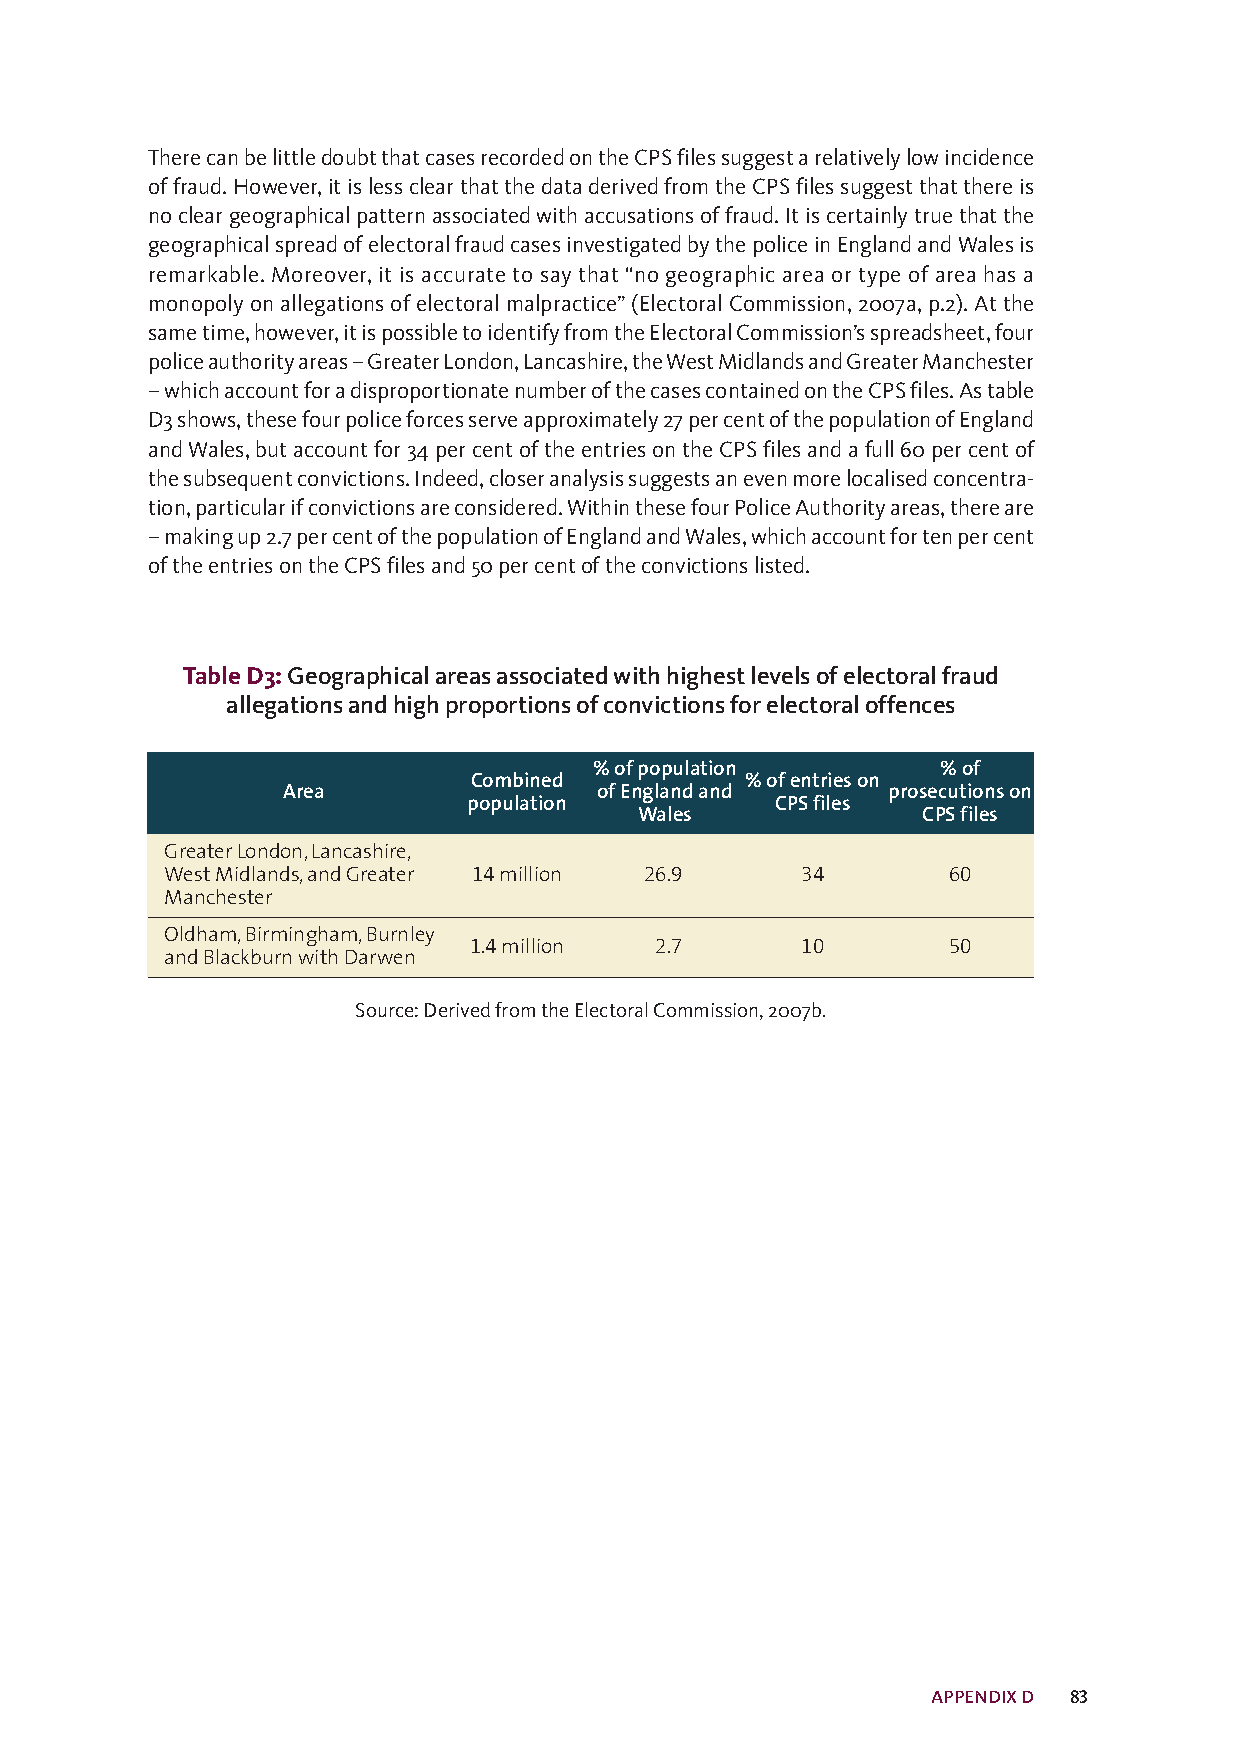
TherecanbelittledoubtthatcasesrecordedontheCPSfilessuggestarelativelylowincidence
 offraud.However,itislessclearthatthedataderivedfromtheCPSfilessuggestthatthereis
 nocleargeographicalpatternassociatedwithaccusationsoffraud.Itiscertainlytruethatthe
 geographicalspreadofelectoralfraudcasesinvestigatedbythepoliceinEnglandandWalesis
 remarkable. Moreover, it is accurate to say that “no geographic area or type of area has a
 monopolyonallegationsofelectoralmalpractice”(ElectoralCommission,2007a,p.2).Atthe
 sametime,however,itispossibletoidentifyfromtheElectoralCommission’sspreadsheet,four
 policeauthorityareas–GreaterLondon,Lancashire,theWestMidlandsandGreaterManchester
 –whichaccountforadisproportionatenumberofthecasescontainedontheCPSfiles.Astable
 D3shows,thesefourpoliceforcesserveapproximately27percentofthepopulationofEngland
 andWales,butaccountfor34percentoftheentriesontheCPSfilesandafull60percentof
 thesubsequentconvictions.Indeed,closeranalysissuggestsanevenmorelocalisedconcentra-
 tion,particularifconvictionsareconsidered.WithinthesefourPoliceAuthorityareas,thereare
 –makingup2.7percentofthepopulationofEnglandandWales,whichaccountfortenpercent
 oftheentriesontheCPSfilesand50percentoftheconvictionslisted.
 TableD3:Geographicalareasassociatedwithhighestlevelsofelectoralfraud
 allegationsandhighproportionsofconvictionsforelectoraloffences
 %ofpopulation          %of
 Combined          %ofentrieson
 Area                ofEnglandand        prosecutionson
 population          CPSfiles
 Wales              CPSfiles
 GreaterLondon,Lancashire,
 WestMidlands,andGreater 14million 26.9    34        60
 Manchester
 Oldham,Birmingham,Burnley
 1.4million  2.7       10        50
 andBlackburnwithDarwen
 Source:DerivedfromtheElectoralCommission,2007b.
 APPENDIXD 83